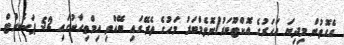
އެގޮތުން މިދިޔަ އަހަރުގެ އޮކްޓޫބަރު/ނޮވެމްބަރު މަހުގެ ތެރޭގައި ބޭއްވި އިމްތިހާނުގައި 52 ޕަސެންޓް